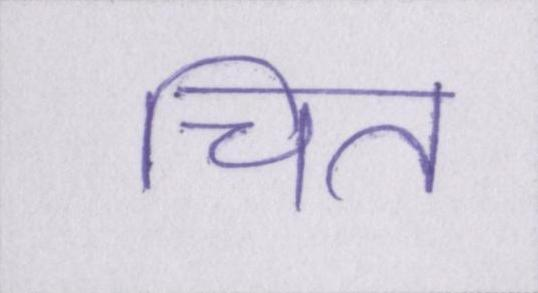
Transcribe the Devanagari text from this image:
चित